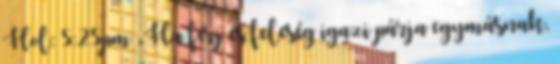
Hol: 5:25pm „Ha férj és feleség igazi párja egymásnak,